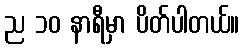
ည ၁၀ နာရီမှာ ပိတ်ပါတယ်။